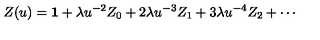
Z ( u ) = { \bf 1 } + \lambda u ^ { - 2 } Z _ { 0 } + 2 \lambda u ^ { - 3 } Z _ { 1 } + 3 \lambda u ^ { - 4 } Z _ { 2 } + \cdots